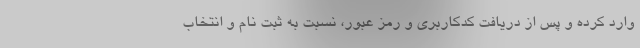
وارد کرده و پس از دریافت کدکاربری و رمز عبور، نسبت به ثبت نام و انتخاب